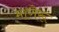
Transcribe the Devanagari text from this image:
माणेरू